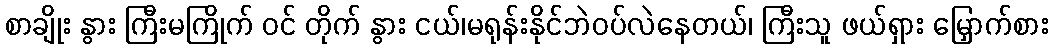
စာချိုး နွား ကြီးမကြိုက် ဝင် တိုက် နွား ငယ်၊မရုန်းနိုင်ဘဲဝပ်လဲနေတယ်၊ ကြီးသူ ဖယ်ရှား မြှောက်စား